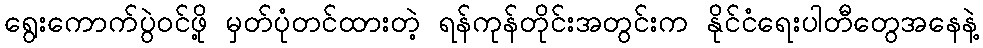
ရွေးကောက်ပွဲဝင်ဖို့ မှတ်ပုံတင်ထားတဲ့ ရန်ကုန်တိုင်းအတွင်းက နိုင်ငံရေးပါတီတွေအနေနဲ့